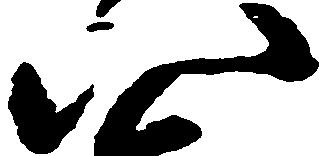
八